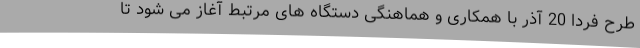
طرح فردا 20 آذر با همکاری و هماهنگی دستگاه های مرتبط آغاز می شود تا